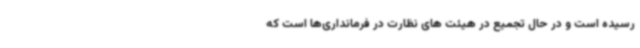
رسیده است و در حال تجمیع در هیئت های نظارت در فرمانداری‌ها است که